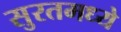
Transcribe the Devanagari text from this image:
सुरतमध्ये